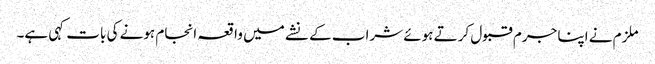
ملزم نے اپنا جرم قبول کرتے ہوئے شراب کے نشے میں واقعہ انجام ہونے کی بات کہی ہے۔